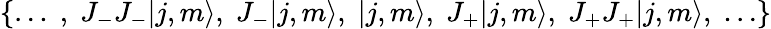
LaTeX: \{ \ldots\; ,\; J_{-}J_{-}|j,m\rangle,\; J_{-}|j,m\rangle,\; |j,m\rangle,\; J_{+}|j,m\rangle,\; J_{+}J_{+}|j,m\rangle,\; \ldots\}